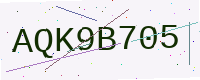
Text: AQK9B705